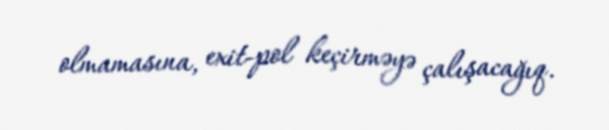
olmamasına, exit-pol keçirməyə çalışacağıq.